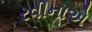
રવીનાએ